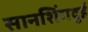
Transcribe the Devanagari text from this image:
सानशिंगदुई